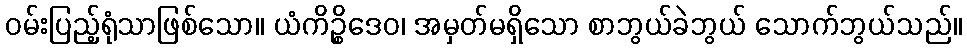
ဝမ်းပြည့်ရုံသာဖြစ်သော။ ယံကိဉ္စိဒေဝ၊ အမှတ်မရှိသော စာဘွယ်ခဲဘွယ် သောက်ဘွယ်သည်။